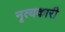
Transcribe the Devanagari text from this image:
नृत्यकारी